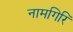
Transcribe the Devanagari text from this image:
नामगिरि